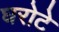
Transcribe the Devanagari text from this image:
घरोटे